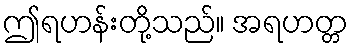
ဤရဟန်းတို့သည်။ အရဟတ္တ